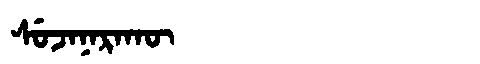
Manchu: ᠰᡠᠵᠠᠨᠠᡵᠠᡴᡡ
Romanization: SUJANARAKŪ